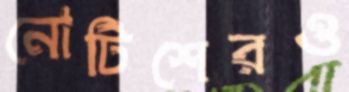
নোটিশেরও